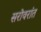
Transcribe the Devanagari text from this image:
सरोवरांत